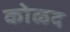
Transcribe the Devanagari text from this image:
कोळद